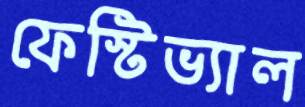
ফেস্টিভ্যাল